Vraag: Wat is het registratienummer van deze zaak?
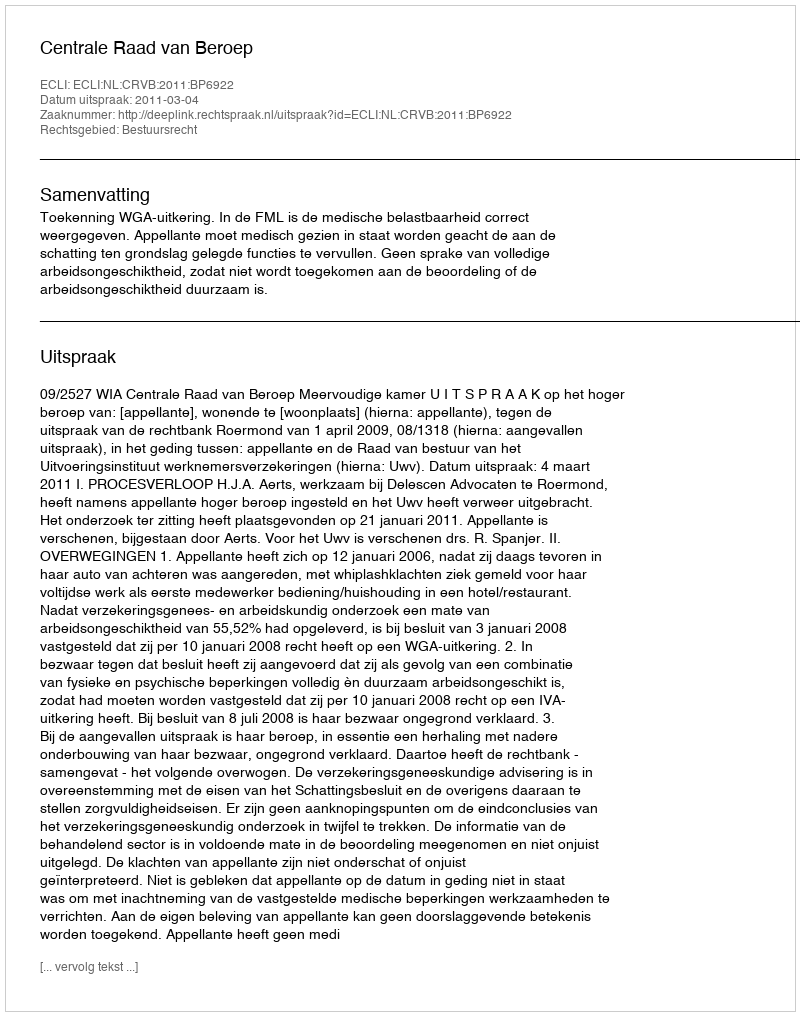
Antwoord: http://deeplink.rechtspraak.nl/uitspraak?id=ECLI:NL:CRVB:2011:BP6922